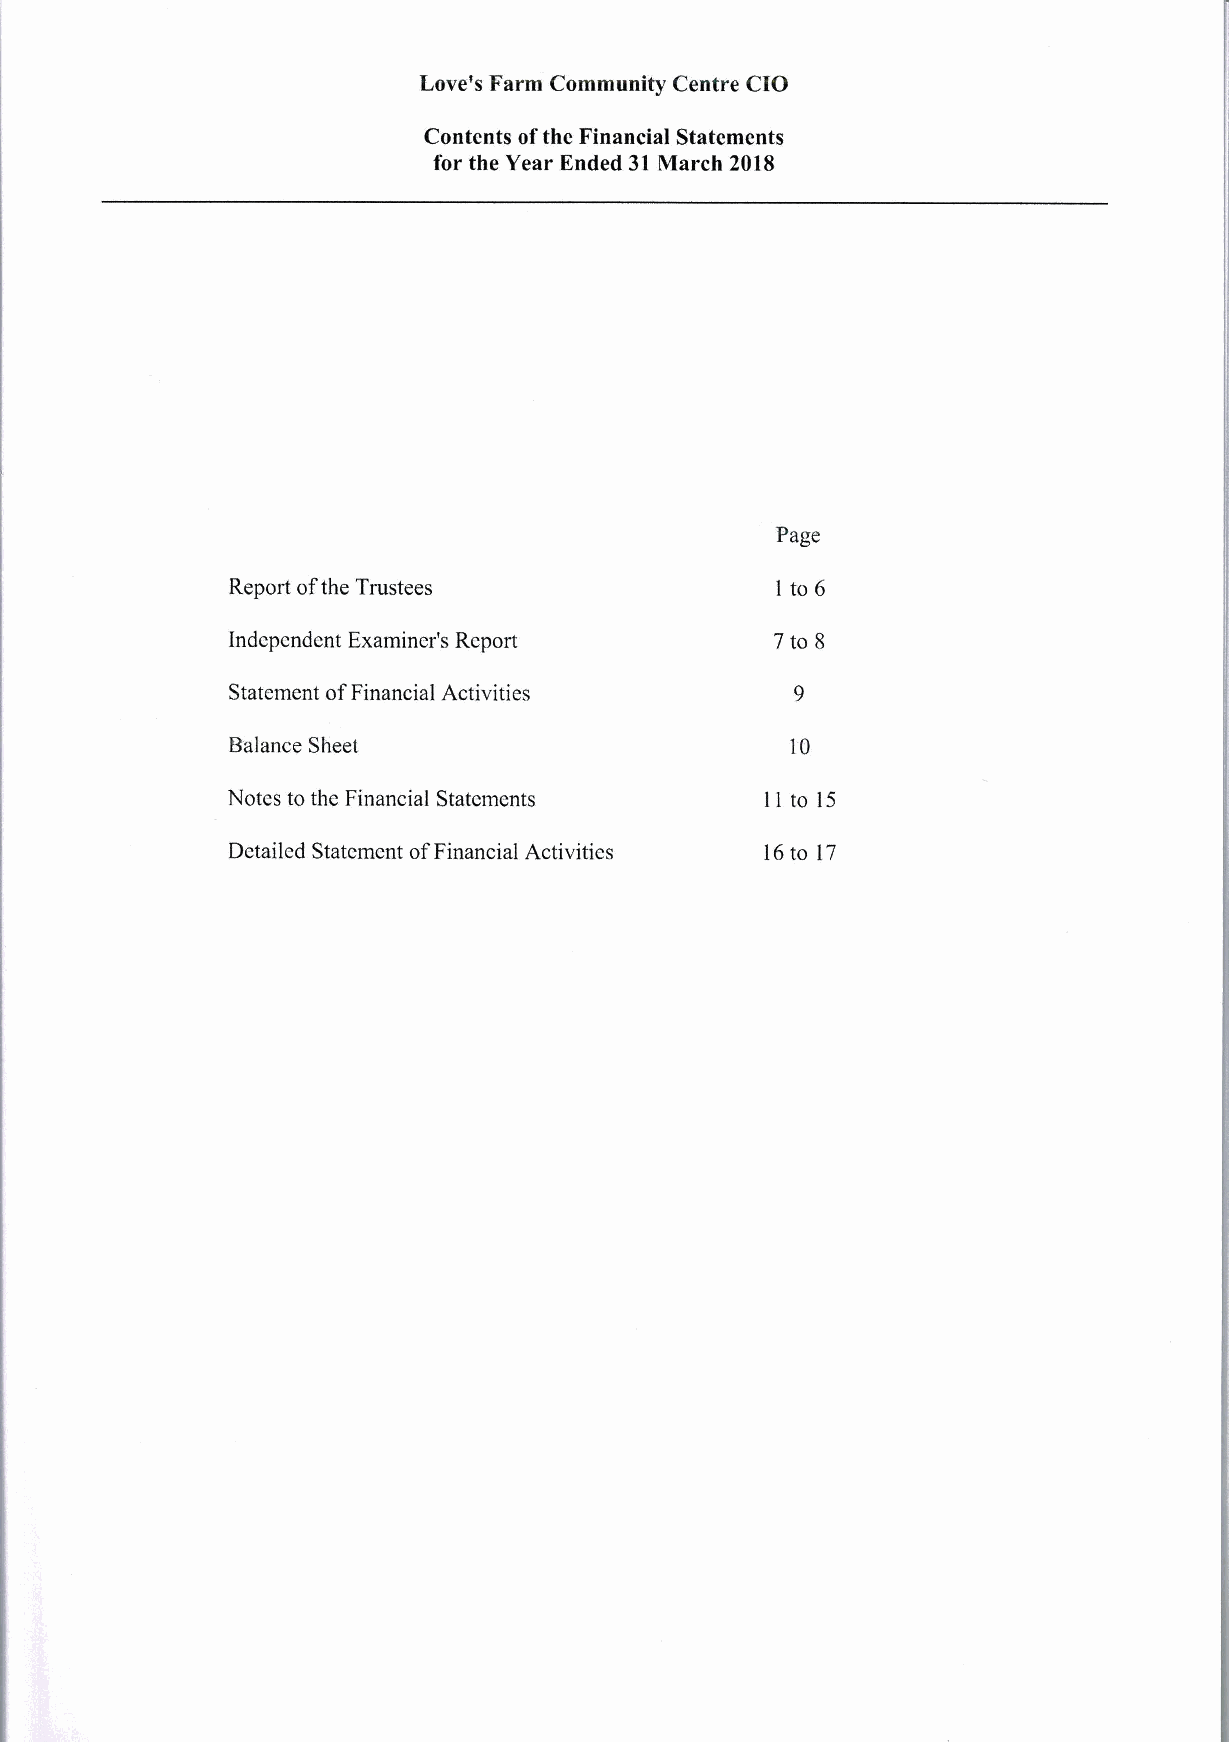
Love's Farm Community Centre CIO
 Contents ofthe Financial Statements
 for the Year Ended 31 March 2018
 Page
 Report ofthe Trustees                to 6
 1
 Indcpcndcnt Examiner's Report       7to 8
 Statement ofFinancial Activities
 Balance Sheet                        10
 Notes to the Financial Statements   11 to 15
 Detailed Statcmcnt ofFinancial Activities 16to 17